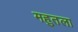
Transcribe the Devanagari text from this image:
महुतला